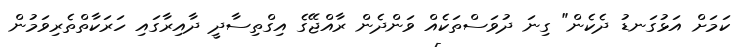
ކަމަށް އަޅުގަނޑު ދެކެން" ގިނަ ދުވަސްތަކެއް ވަންދެން ރާއްޖޭގެ އިގްތިސާދީ ދާއިރާގައި ހަރަކާތްތެރިވަމުން